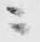
ニ